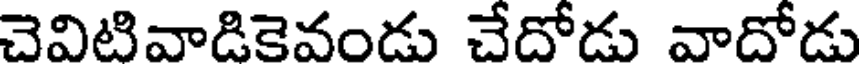
చెవిటివాడికెవండు చేదోడు వాదోడు